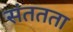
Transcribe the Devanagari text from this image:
संततता